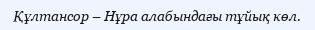
Құлтансор – Нұра алабындағы тұйық көл.